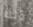
ذلك